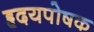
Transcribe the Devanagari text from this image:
हृदयपोषक